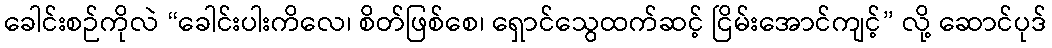
ခေါင်းစဉ်ကိုလဲ “ခေါင်းပါးကိလေ၊ စိတ်ဖြစ်စေ၊ ရှောင်သွေထက်ဆင့် ငြိမ်းအောင်ကျင့်” လို့ ဆောင်ပုဒ်